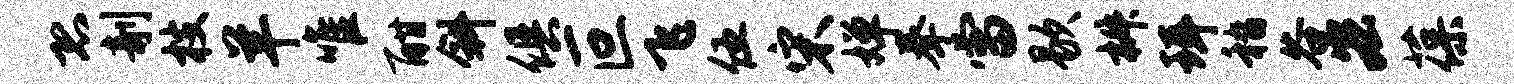
恐剞枝羊唯酣斜俱叵飞伍宋婵拳雷歇椒珥嵇谷宏葆